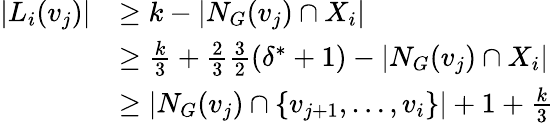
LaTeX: \begin{array}{rl}{|L_{i}(v_{j})|}&{\geq k-|N_{G}(v_{j})\cap X_{i}|}\\ &{\geq\frac{k}{3}+\frac{2}{3}\frac{3}{2}(\delta^{*}+1)-|N_{G}(v_{j})\cap X_{i}|}\\ &{\geq|N_{G}(v_{j})\cap\{ v_{j+1},\dots,v_{i}\} |+1+\frac{k}{3}}\end{array}